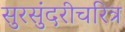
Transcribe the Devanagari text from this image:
सुरसुंदरीचरित्र